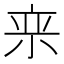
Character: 𪨂